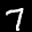
Label: 7